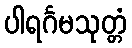
ပါရင်္ဂမသုတ္တံ